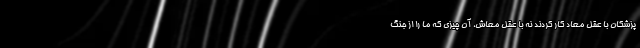
پزشکان با عقل معاد کار کردند نه با عقل معاش، آن چیزی که ما را از جنگ